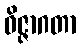
ဝိဇ္ဇာဂတာ